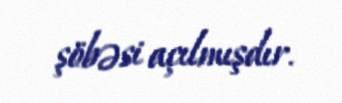
şöbəsi açılmışdır.